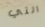
التي